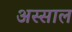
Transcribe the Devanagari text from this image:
अस्साल